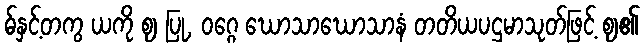
ဓ်နှင့်တကွ ယကို ဈ ပြု, ဝဂ္ဂေ ဃောသာဃောသာနံ တတိယပဌမာသုတ်ဖြင့် ဈ၏